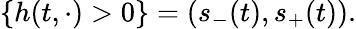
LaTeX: \{ h(t,\cdot)>0\} =(s_{-}(t),s_{+}(t)).